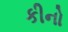
કીનો